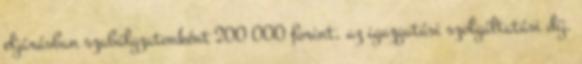
eljárásban szabályzatonként 200 000 forint, az igazgatási szolgáltatási díj.